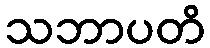
သဘာပတိ